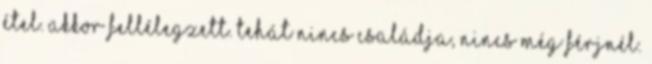
étel. Akkor fellélegzett. Tehát nincs családja, nincs még férjnél.